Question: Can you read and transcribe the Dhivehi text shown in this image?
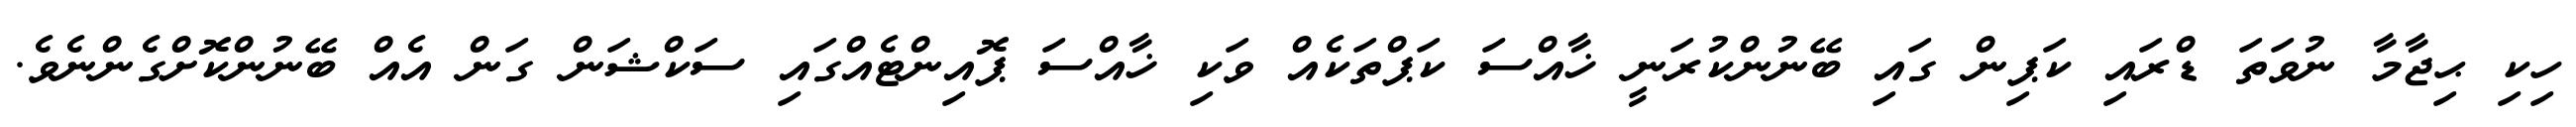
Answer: ހިކި ޙިޖާމާ ނުވަތަ ޑްރައި ކަޕިން ގައި ބޭނުންކުރަނީ ޚާއްސަ ކަޕްތަކެއް ވަކި ޚާއްސަ ޕޮއިންޓެއްގައި ސަކްޝަން ގަން އެއް ބޭނުންކޮށްގެންނެވެ.